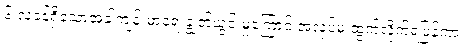
၆ လခန့်ရှိသောအခါကျန်းမာရေးချွတ်ယွင်းမှုကြောင့် အလုပ်မှ ထွက်လိုက်ရပြန်ကာ